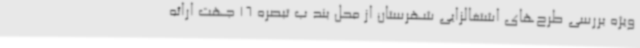
ویژه بررسی طرح‌های اشتغالزایی شهرستان از محل بند ب تبصره 16 جهت ارائه